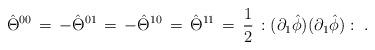
LaTeX: \begin{align*}\hat{\Theta}^{0 0}\,=\,-\hat{\Theta}^{0 1}\,=\,-\hat{\Theta}^{1 0}\,=\,\hat{\Theta}^{1 1}\,= \, \frac{1}{2}\,: (\partial_{1} \hat{\phi})(\partial_{1} \hat{\phi}) : \,\,.\end{align*}